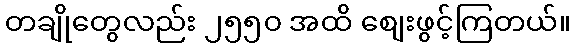
တချိုတွေလည်း ၂၅၅၀ အထိ စျေးဖွင့်ကြတယ်။